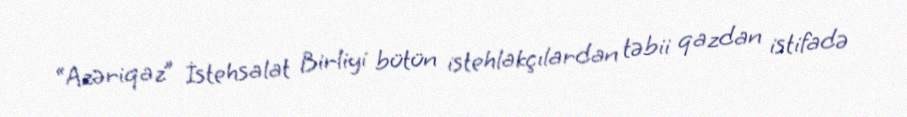
“Azəriqaz” İstehsalat Birliyi bütün istehlakçılardan təbii qazdan istifadə